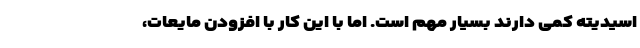
اسیدیته کمی دارند بسیار مهم است. اما با این کار با افزودن مایعات،